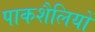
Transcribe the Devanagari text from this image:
पाकशैलियों